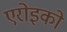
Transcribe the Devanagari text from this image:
एरोइको